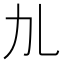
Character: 劜